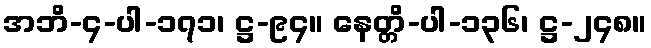
အဘိ-၄-ပါ-၁၇၁၊ ဋ္ဌ-၉၄။ နေတ္တိ-ပါ-၁၃၆၊ ဋ္ဌ-၂၄၈။